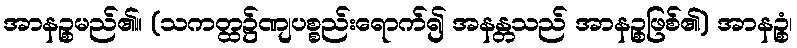
အာနဉ္စမည်၏။ (သကတ္ထ၌ဏျပစ္စည်းရောက်၍ အနန္တသည် အာနဉ္စဖြစ်၏) အာနဉ္စံ၊